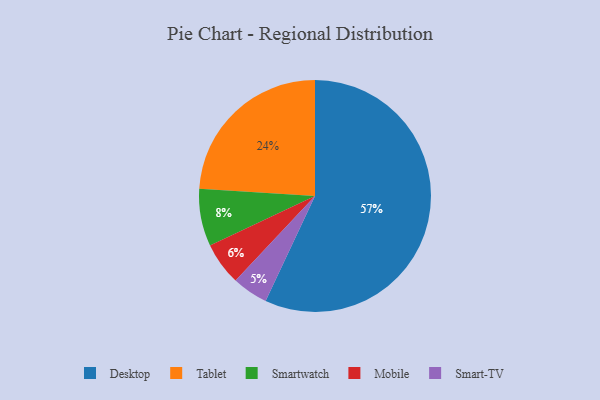
{"axis": {"x": "Category", "y": "Percentage"}, "legend": ["Desktop", "Mobile", "Smart-TV", "Smartwatch", "Tablet"], "data": [{"x": "Tablet", "y": 24, "type": "Tablet"}, {"x": "Smartwatch", "y": 8, "type": "Smartwatch"}, {"x": "Smart-TV", "y": 5, "type": "Smart-TV"}, {"x": "Mobile", "y": 6, "type": "Mobile"}, {"x": "Desktop", "y": 57, "type": "Desktop"}]}